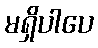
မရှိပါပေ